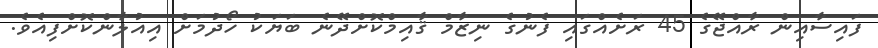
ފައިސާއިން ރާއްޖޭގެ 45 ރަށެއްގައި ފެނުގެ ނިޒާމް ޤާއިމްކޮށްދޭނެ ބަޔަކު ހޯދުމަށް އިއުލާންކޮށްފިއެވެ.